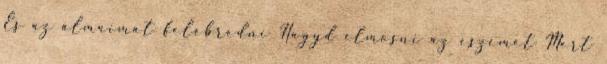
És az álmaimat felébredni Hagyd elmosni az eszemet Mert